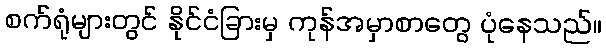
စက်ရုံများတွင် နိုင်ငံခြားမှ ကုန်အမှာစာတွေ ပုံနေသည်။